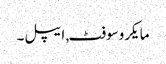
مایکروسوفٹ, ایپل۔